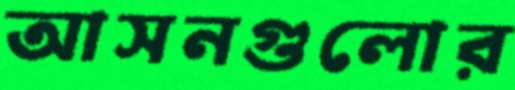
আসনগুলোর